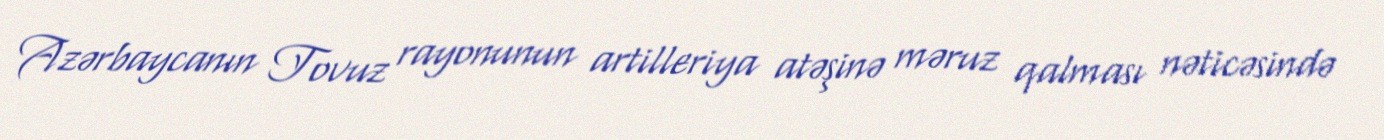
Azərbaycanın Tovuz rayonunun artilleriya atəşinə məruz qalması nəticəsində